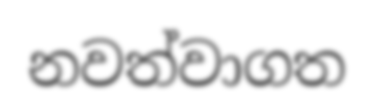
නවත්වාගත